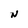
Character: N